Indian journal of veterinary science and animal husbandry - Volume 6,
Year: 1936
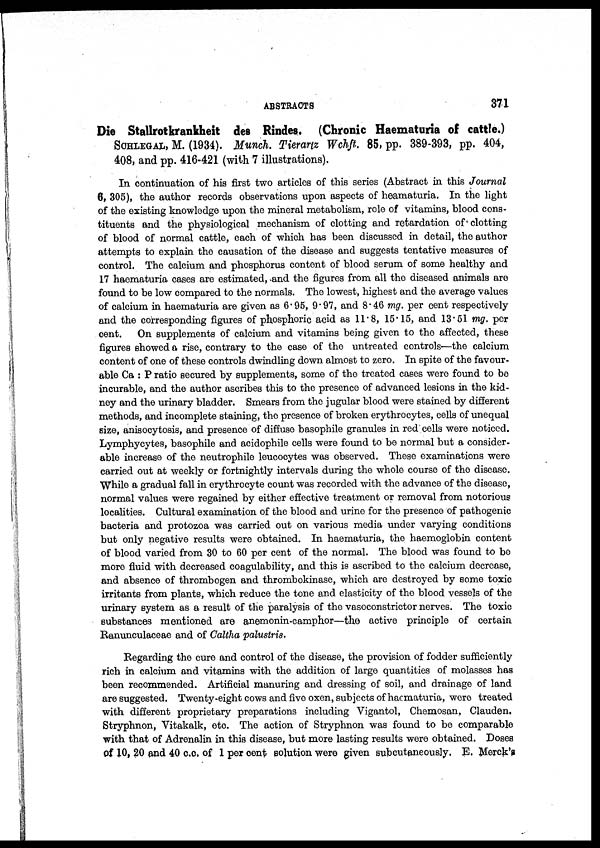
ABSTRACTS
371
Die Stallrotkrankheit des Rindes. (Chronic Haematuria of cattle.)
SCHLEGAL, M. (1934). Munch. Tierartz Wchft. 85, pp. 389-393, pp. 404,
408, and pp. 416-421 (with 7 illustrations).
In continuation of his first two articles of this series (Abstract in this Journal
6, 305), the author records observations upon aspects of heamaturia. In the light
of the existing knowledge upon the mineral metabolism, role of vitamins, blood cons-
tituents and the physiological mechanism of clotting and retardation of clotting
of blood of normal cattle, each of which has been discussed in detail, the author
attempts to explain the causation of the disease and suggests tentative measures of
control. The calcium and phosphorus content of blood serum of some healthy and
17 haematuria cases are estimated, and the figures from all the diseased animals are
found to be low compared to the normals. The lowest, highest and the average values
of calcium in haematuria are given as 6.95, 9.97, and 8.46 mg. per cent respectively
and the corresponding figures of phosphoric acid as 11.8, 15.15, and 13.51 mg. per
cent.
On supplements of calcium and vitamins being given to the affected, these
figures showed a rise, contrary to the case of the untreated controls—the calcium
content of one of these controls dwindling down almost to zero. In spite of the favour-
able Ca : P ratio secured by supplements, some of the treated cases were found to be
incurable, and the author ascribes this to the presence of advanced lesions in the kid-
ney and the urinary bladder. Smears from the jugular blood were stained by different
methods, and incomplete staining, the presence of broken erythrocytes, cells of unequal
size, anisocytosis, and presence of diffuse basophile granules in red cells were noticed.
Lymphycytes, basophile and acidophile cells were found to be normal but a consider-
able increase of the neutrophile leucocytes was observed. These examinations were
carried out at weekly or fortnightly intervals during the whole course of the disease.
While a gradual fall in erythrocyte count was recorded with the advance of the disease,
normal values were regained by either effective treatment or removal from notorious
localities. Cultural examination of the blood and urine for the presence of pathogenic
bacteria and protozoa was carried out on various media under varying conditions
but only negative results were obtained. In haematuria, the haemoglobin content
of blood varied from 30 to 60 per cent of the normal. The blood was found to be
more fluid with decreased coagulability, and this is ascribed to the calcium decrease,
and absence of thrombogen and thrombokinase, which are destroyed by some toxic
irritants from plants, which reduce the tone and elasticity of the blood vessels of the
urinary system as a result of the paralysis of the vasoconstrictor nerves. The toxic
substances mentioned are anemonin-camphor—the active principle of certain
Ranunculaceae and of Caltha palustris.
Regarding the cure and control of the disease, the provision of fodder sufficiently
rich in calcium and vitamins with the addition of large quantities of molasses has
been recommended. Artificial manuring and dressing of soil, and drainage of land
are suggested. Twenty-eight cows and five oxen, subjects of haematuria, were treated
with different proprietary preparations including Vigantol, Chemosan. Clauden.
Stryphnon, Vitakalk, etc. The action of Stryphnon was found to be comparable
with that of Adrenalin in this disease, but more lasting results were obtained. Doses
of 10, 20 and 40 c.c. of 1 per cent solution were given subcutaneously. E. Merck's